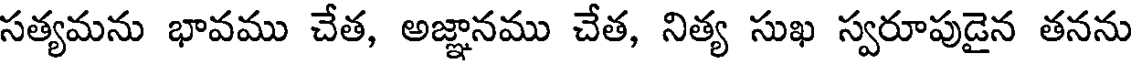
సత్యమను భావము చేత, అజ్ఞానము చేత, నిత్య సుఖ స్వరూపుడైన తనను